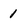
Character: 1